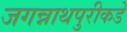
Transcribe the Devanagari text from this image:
जगन्नाथपुरीकडे